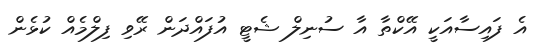
އެ ފައިސާއަކީ އޭކްތާ އާ ސުނިލް ޝެޓީ އުފައްދަން ރޭވި ފިލްމެއް ކުޅެން